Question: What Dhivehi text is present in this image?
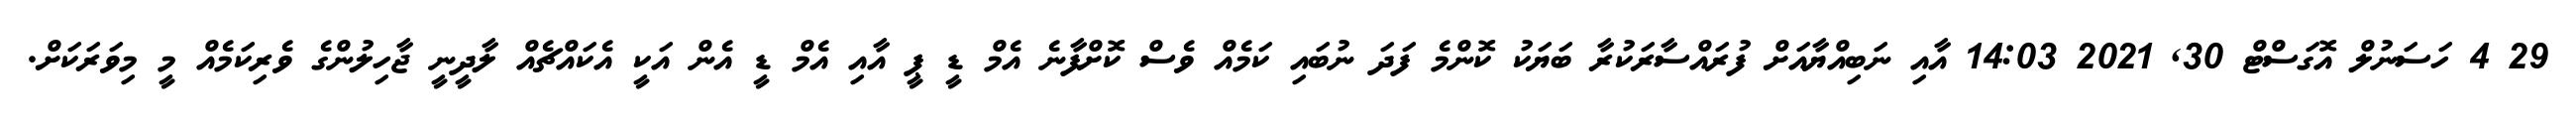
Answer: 29 4 ހަސަނުލް އޮގަސްޓް 30, 2021 14:03 އާއި ނަބިއްޔާއަށް ފުރައްސާރަކުރާ ބަޔަކު ކޮންމެ ފަދަ ނުބައި ކަމެއް ވެސް ކޮށްފާނެ އެމް ޑީ ޕީ އާއި އެމް ޑީ އެން އަކީ އެކައްޗެއް ލާދީނީ ޖާހިލުންގެ ވެރިކަމެއް މީ މިވަރަކަށް.